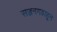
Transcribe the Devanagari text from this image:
सज्जनगडाहून